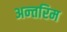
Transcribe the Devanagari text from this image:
अन्‍तरिम